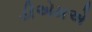
ડીએમએ